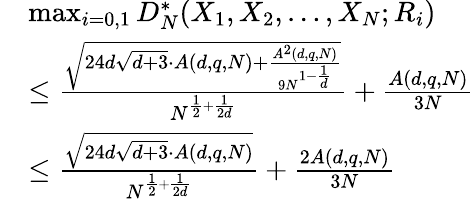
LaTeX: \begin{array}{rl}&{\operatorname*{max}_{i=0,1}D_{N}^{*}(X_{1},X_{2},\ldots,X_{N};R_{i})}\\ &{\leq\frac{\sqrt{24d\sqrt{d+3}\cdot A(d,q,N)+\frac{A^{2}(d,q,N)}{9N^{1-\frac{1}{d}}}}}{N^{\frac{1}{2}+\frac{1}{2d}}}+\frac{A(d,q,N)}{3N}}\\ &{\leq\frac{\sqrt{24d\sqrt{d+3}\cdot A(d,q,N)}}{N^{\frac{1}{2}+\frac{1}{2d}}}+\frac{2A(d,q,N)}{3N}}\end{array}